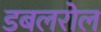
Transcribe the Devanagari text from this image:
डबलरोल